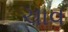
ચાવ